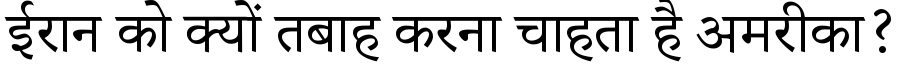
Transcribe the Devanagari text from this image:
ईरान को क्यों तबाह करना चाहता है अमरीका?